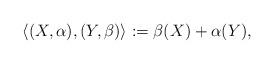
LaTeX: \begin{gather*}\langle(X,\alpha),(Y,\beta)\rangle:=\beta(X)+\alpha(Y),\end{gather*}